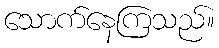
သောက်နေကြသည်။